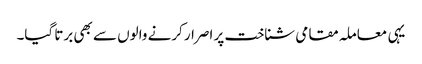
یہی معاملہ مقامی شناخت پر اصرار کرنے والوں سے بھی برتا گیا۔